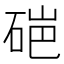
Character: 𬒏